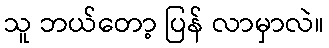
သူ ဘယ်တော့ ပြန် လာမှာလဲ။